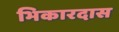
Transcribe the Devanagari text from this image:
भिकारदास